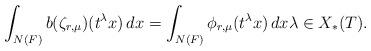
LaTeX: \begin{align*}\int_{N(F)} b(\zeta_{r,\mu})(t^{\lambda} x) \, dx = \int_{N(F)} \phi_{r,\mu}(t^{\lambda} x) \, dx \lambda \in X_*(T).\end{align*}